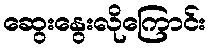
ဆွေးနွေးလိုကြောင်း